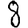
Digit: 8